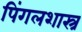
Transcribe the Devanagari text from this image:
पिंगलशास्त्र